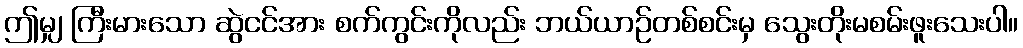
ဤမျှ ကြီးမားသော ဆွဲငင်အား စက်ကွင်းကိုလည်း ဘယ်ယာဉ်တစ်စင်းမှ သွေးတိုးမစမ်းဖူးသေးပါ။